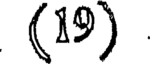
(19)